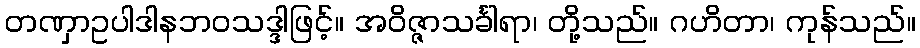
တဏှာဥပါဒါနဘဝသဒ္ဒါဖြင့်။ အဝိဇ္ဇာသင်္ခါရာ၊ တို့သည်။ ဂဟိတာ၊ ကုန်သည်။